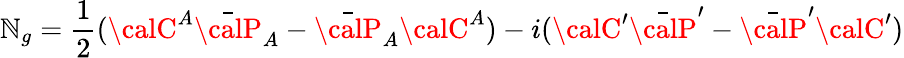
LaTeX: \mathbb{N}_{g}={\frac{{1}}{{2}}}({\calC}^{A}\bar{{\calP}}_{A}-\bar{{\calP}}_{A}{\calC}^{A})-i({\calC}^{\prime}\bar{{\calP}}^{\prime}-\bar{{\calP}}^{\prime}{\calC}^{\prime})